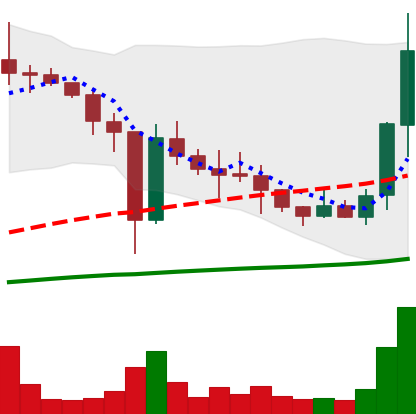
Ticker: XLM-USD
Chart end date: 2021-01-05
Forward return: 48.211%
Label: up_7plus